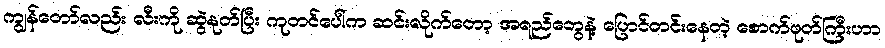
ကျွန်တော်လည်း လီးကို ဆွဲနုတ်ပြီး ကုတင်ပေါ်က ဆင်းလိုက်တော့ အရည်တွေနဲ့ ပြောင်တင်းနေတဲ့ စောက်ဖုတ်ကြီးဟာ